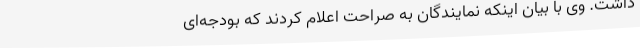
داشت. وی با بیان اینکه نمایندگان به صراحت اعلام کردند که بودجه‌ای